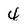
Character: 4